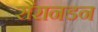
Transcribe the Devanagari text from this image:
सैरानडन